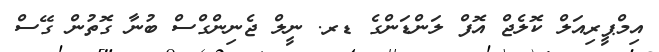
އިމްޕީރިއަލް ކޮލެޖް އޮފް ލަންޑަންގެ ޑރ. ނީލް ޖެނިންގްސް ބުނާ ގޮތުން ގޭސް